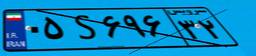
۰۵S۶۹۶۳۲